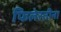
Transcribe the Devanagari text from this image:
फिलेस्तीना